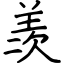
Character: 羡